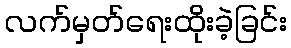
လက်မှတ်ရေးထိုးခဲ့ခြင်း